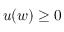
u ( w ) \geq 0